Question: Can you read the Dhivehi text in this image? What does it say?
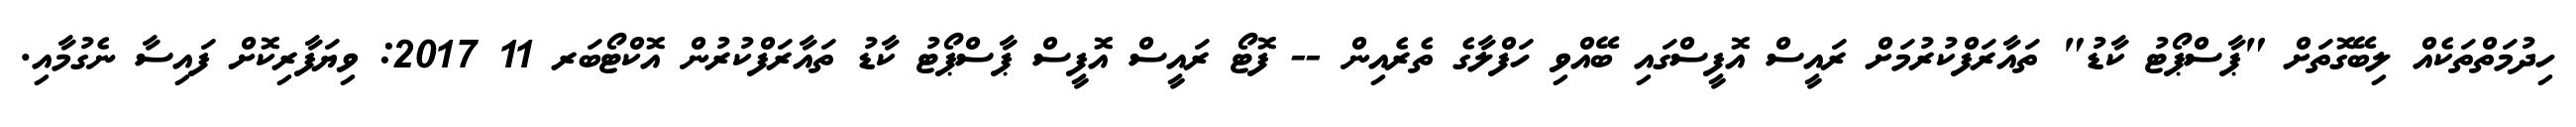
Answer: ހިދުމަތްތަކެއް ލިބޭގޮތަށް "ޕާސްޕޯޓު ކާޑު" ތައާރަފްކުރުމަށް ރައީސް އޮފީސްގައި ބޭއްވި ހަފްލާގެ ތެރެއިން -- ފޮޓޯ ރައީސް އޮފީސް ޕާސްޕޯޓު ކާޑު ތައާރަފްކުރުން އޮކްޓޯބަރ 11 2017: ވިޔަފާރިކޮށް ފައިސާ ނެގުމާއި.